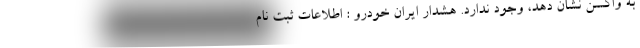
به واکسن نشان دهد، وجود ندارد. هشدار ایران خودرو : اطلاعات ثبت نام